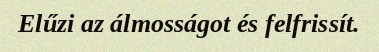
Elűzi az álmosságot és felfrissít.